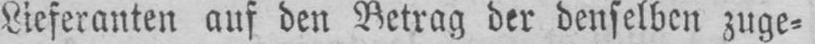
Lieferanten auf ben Betrag der denselben zuge⸗